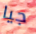
جيا